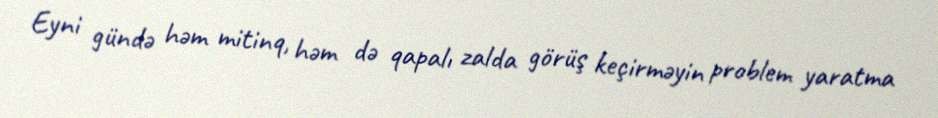
Eyni gündə həm mitinq, həm də qapalı zalda görüş keçirməyin problem yaratma